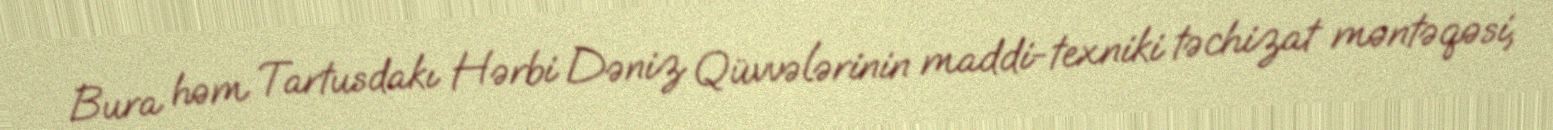
Bura həm Tartusdakı Hərbi Dəniz Qüvvələrinin maddi-texniki təchizat məntəqəsi,